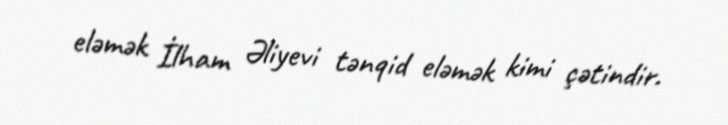
eləmək İlham Əliyevi tənqid eləmək kimi çətindir.